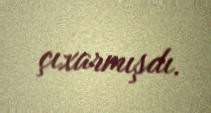
çıxarmışdı.